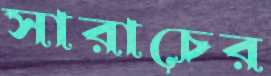
সারাচের